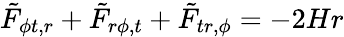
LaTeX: {\tilde{F}}_{\phi t,r}+{\tilde{F}}_{r\phi,t}+{\tilde{F}}_{tr,\phi}=-2Hr